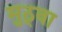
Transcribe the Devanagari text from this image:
मुठ्वा